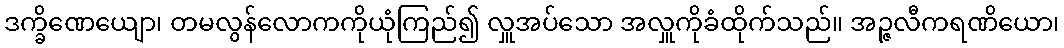
ဒက္ခိဏေယျော၊ တမလွန်လောကကိုယုံကြည်၍ လှူအပ်သော အလှူကိုခံထိုက်သည်။ အဉ္ဇလီကရဏိယော၊